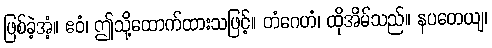
ဖြစ်ခဲ့အံ့။ ဧဝံ၊ ဤသို့ထောက်ထားသဖြင့်။ တံဂေဟံ၊ ထိုအိမ်သည်။ နပတေယျ၊